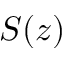
S ( z )